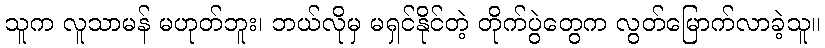
သူက လူသာမန် မဟုတ်ဘူး၊ ဘယ်လိုမှ မရှင်နိုင်တဲ့ တိုက်ပွဲတွေက လွတ်မြောက်လာခဲ့သူ။